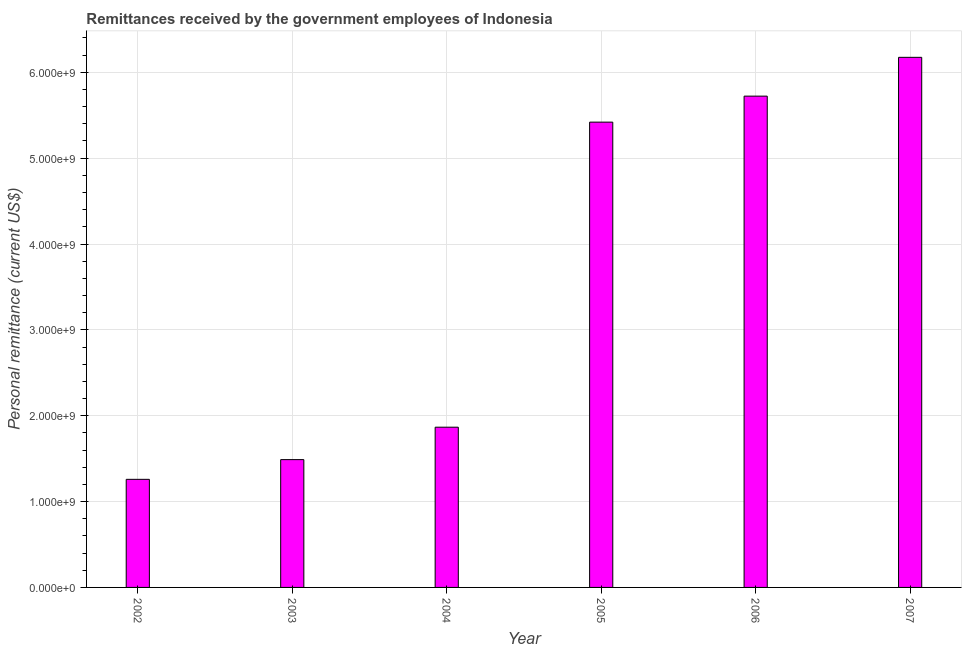
| Year | Personal remittances |
 | --- | --- |
 | 2002 | 1.26e+09 |
 | 2003 | 1.49e+09 |
 | 2004 | 1.87e+09 |
 | 2005 | 5.42e+09 |
 | 2006 | 5.72e+09 |
 | 2007 | 6.17e+09 |